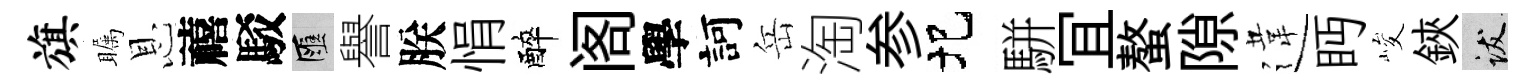
旗瞩恩禧駁匯譽朕悁醉阁學訶岳淘参圯駢冝螯隙違眄峻鋏跋